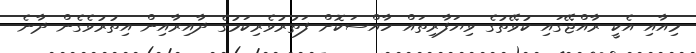
މިއާއި އެކީ ރާއްޖޭގައި ކުވޭތުގެ ވިޔަފާރިތައް ހާއްސަކޮށް ފަތުރުވެރިކަމުގެ ދާއިރާއިން އިތުރުވެގެން ދާނެ